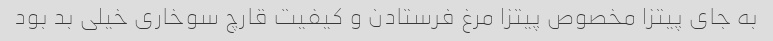
به جای پیتزا مخصوص پیتزا مرغ فرستادن و کیفیت قارچ سوخاری خیلی بد بود